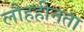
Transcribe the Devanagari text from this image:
लौहहीनता